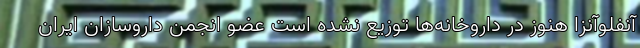
آنفلوآنزا هنوز در داروخانه‌ها توزیع نشده است عضو انجمن داروسازان ایران